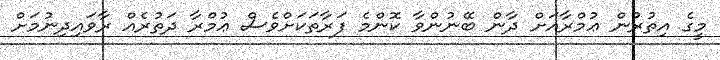
މީގެ އިތުރުން ޢުމްރާއަށް ދާން ބޭނުންވާ ކޮންމެ ފަރާތަކަށްވެސް ޢުމްރާ ދަތުރެއް ރާވައިދިނުމަށް